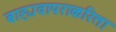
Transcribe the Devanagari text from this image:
बाह्यवापराकरिता